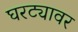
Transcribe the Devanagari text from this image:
घरट्यावर